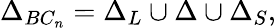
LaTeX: \Delta_{BC_{n}}=\Delta_{L}\cup\Delta\cup\Delta_{S},